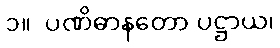
၁။  ပဏိဓာနတော ပဋ္ဌာယ၊